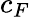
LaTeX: c_{F}